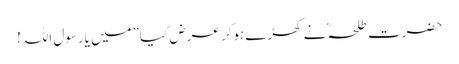
حضرت طلحہ ؓ نے کھڑے ہوکر عرض کیا”میں یارسول اللہ!